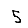
Digit: 5